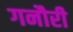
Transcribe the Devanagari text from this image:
गनौरी